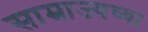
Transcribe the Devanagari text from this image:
साम्राज्यच्या